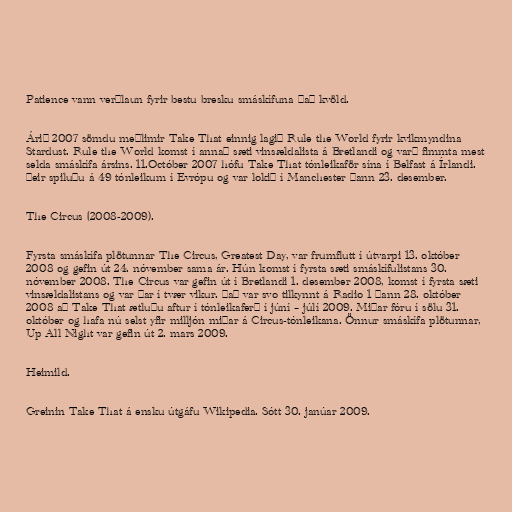
Patience vann verðlaun fyrir bestu bresku smáskífuna það kvöld.

Árið 2007 sömdu meðlimir Take That einnig lagið Rule the World fyrir kvikmyndina
Stardust. Rule the World komst í annað sæti vinsældalista á Bretlandi og varð fimmta mest
selda smáskífa ársins. 11.Octóber 2007 hófu Take That tónleikaför sína í Belfast á Írlandi.
Þeir spiluðu á 49 tónleikum í Evrópu og var lokið í Manchester þann 23. desember.

The Circus (2008-2009).

Fyrsta smáskífa plötunnar The Circus, Greatest Day, var frumflutt í útvarpi 13. október
2008 og gefin út 24. nóvember sama ár. Hún komst í fyrsta sæti smáskífulistans 30.
nóvember 2008. The Circus var gefin út í Bretlandi 1. desember 2008, komst í fyrsta sæti
vinsældalistans og var þar í tvær vikur. Það var svo tilkynnt á Radio 1 þann 28. október
2008 að Take That ætluðu aftur í tónleikaferð í júní – júlí 2009. Miðar fóru í sölu 31.
október og hafa nú selst yfir milljón miðar á Circus-tónleikana. Önnur smáskífa plötunnar,
Up All Night var gefin út 2. mars 2009.

Heimild.

Greinin Take That á ensku útgáfu Wikipedia. Sótt 30. janúar 2009.